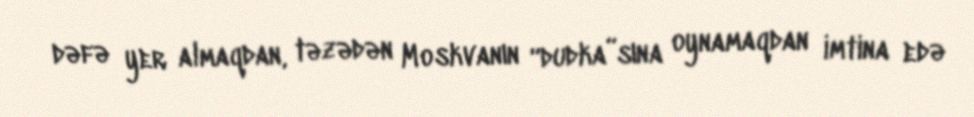
dəfə yer almaqdan, təzədən Moskvanın “dudka”sına oynamaqdan imtina edə